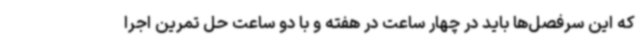
که این سرفصل‌ها باید در چهار ساعت در هفته و با دو ساعت حل تمرین اجرا